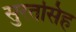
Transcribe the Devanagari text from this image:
सुरतसिंह